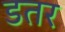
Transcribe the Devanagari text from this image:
डतर